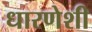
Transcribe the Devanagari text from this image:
धारणेशी